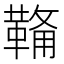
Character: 𮧟